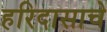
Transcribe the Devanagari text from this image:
हरिदासाचे